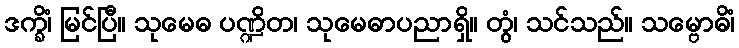
ဒက္ခိံ၊ မြင်ပြီ။ သုမေဓ ပဏ္ဍိတ၊ သုမေဓာပညာရှိ။ တွံ၊ သင်သည်။ သမ္ဗောဓိံ၊